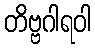
တိဗ္ဗဂါရဝါ